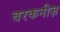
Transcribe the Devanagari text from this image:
बरकनीज़